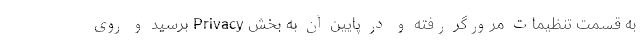
به قسمت تنظیمات مرورگر رفته و در پایین آن به بخش Privacy برسید و روی